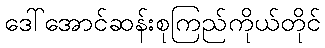
ဒေါ်အောင်ဆန်းစုကြည်ကိုယ်တိုင်